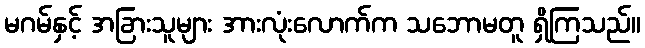
မဂမ်နှင့် အခြားသူများ အားလုံးလောက်က သဘောမတူ ရှိကြသည်။